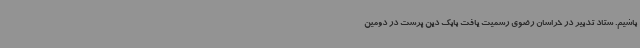
باشیم. ستاد تدبیر در خراسان رضوی رسمیت یافت بابک دین پرست در دومین